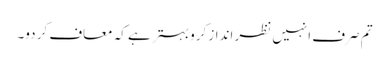
تم صرف انہیں نظر انداز کرو بہتر ہے کہ معاف کر دو۔